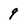
Character: q